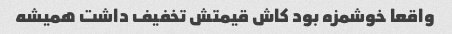
واقعا خوشمزه بود کاش قیمتش تخفیف داشت همیشه